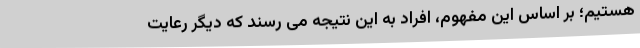
هستیم؛ بر اساس این مفهوم، افراد به این نتیجه می رسند که دیگر رعایت